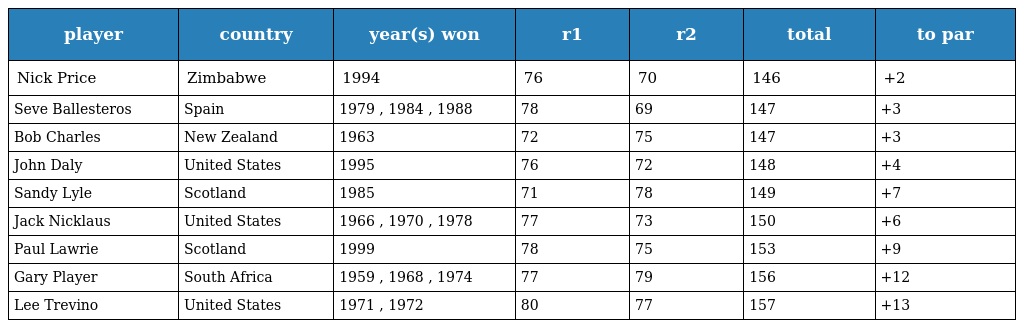
| player | country | year(s) won | r1 | r2 | total | to par |
 | --- | --- | --- | --- | --- | --- | --- |
 | Nick Price | Zimbabwe | 1994 | 76 | 70 | 146 | +2 |
 | Seve Ballesteros | Spain | 1979 , 1984 , 1988 | 78 | 69 | 147 | +3 |
 | Bob Charles | New Zealand | 1963 | 72 | 75 | 147 | +3 |
 | John Daly | United States | 1995 | 76 | 72 | 148 | +4 |
 | Sandy Lyle | Scotland | 1985 | 71 | 78 | 149 | +7 |
 | Jack Nicklaus | United States | 1966 , 1970 , 1978 | 77 | 73 | 150 | +6 |
 | Paul Lawrie | Scotland | 1999 | 78 | 75 | 153 | +9 |
 | Gary Player | South Africa | 1959 , 1968 , 1974 | 77 | 79 | 156 | +12 |
 | Lee Trevino | United States | 1971 , 1972 | 80 | 77 | 157 | +13 |